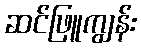
ဆင်ဖြူကျွန်း